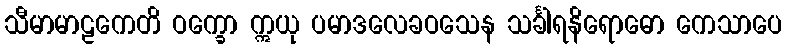
သီမာမာဠကေတိ ဝက္ခော ဣယု ပမာဒလေခဝသေန သင်္ခါရနိရောဓော ကေသာပေ